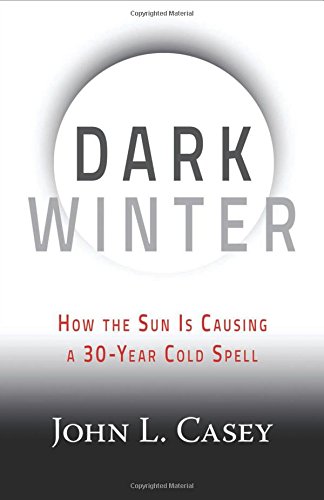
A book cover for Dark Winter: How the Sun Is Causing a 30-Year Cold Spell; John L. Casey; Science & Math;